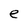
Character: e